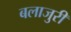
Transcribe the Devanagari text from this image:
बलाजुरी